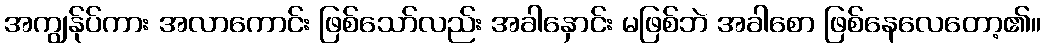
အကျွန်ုပ်ကား အလာကောင်း ဖြစ်သော်လည်း အခါနှောင်း မဖြစ်ဘဲ အခါစော ဖြစ်နေလေတော့၏။